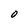
Character: O